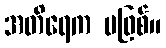
အတိရေက မဖြစ်။